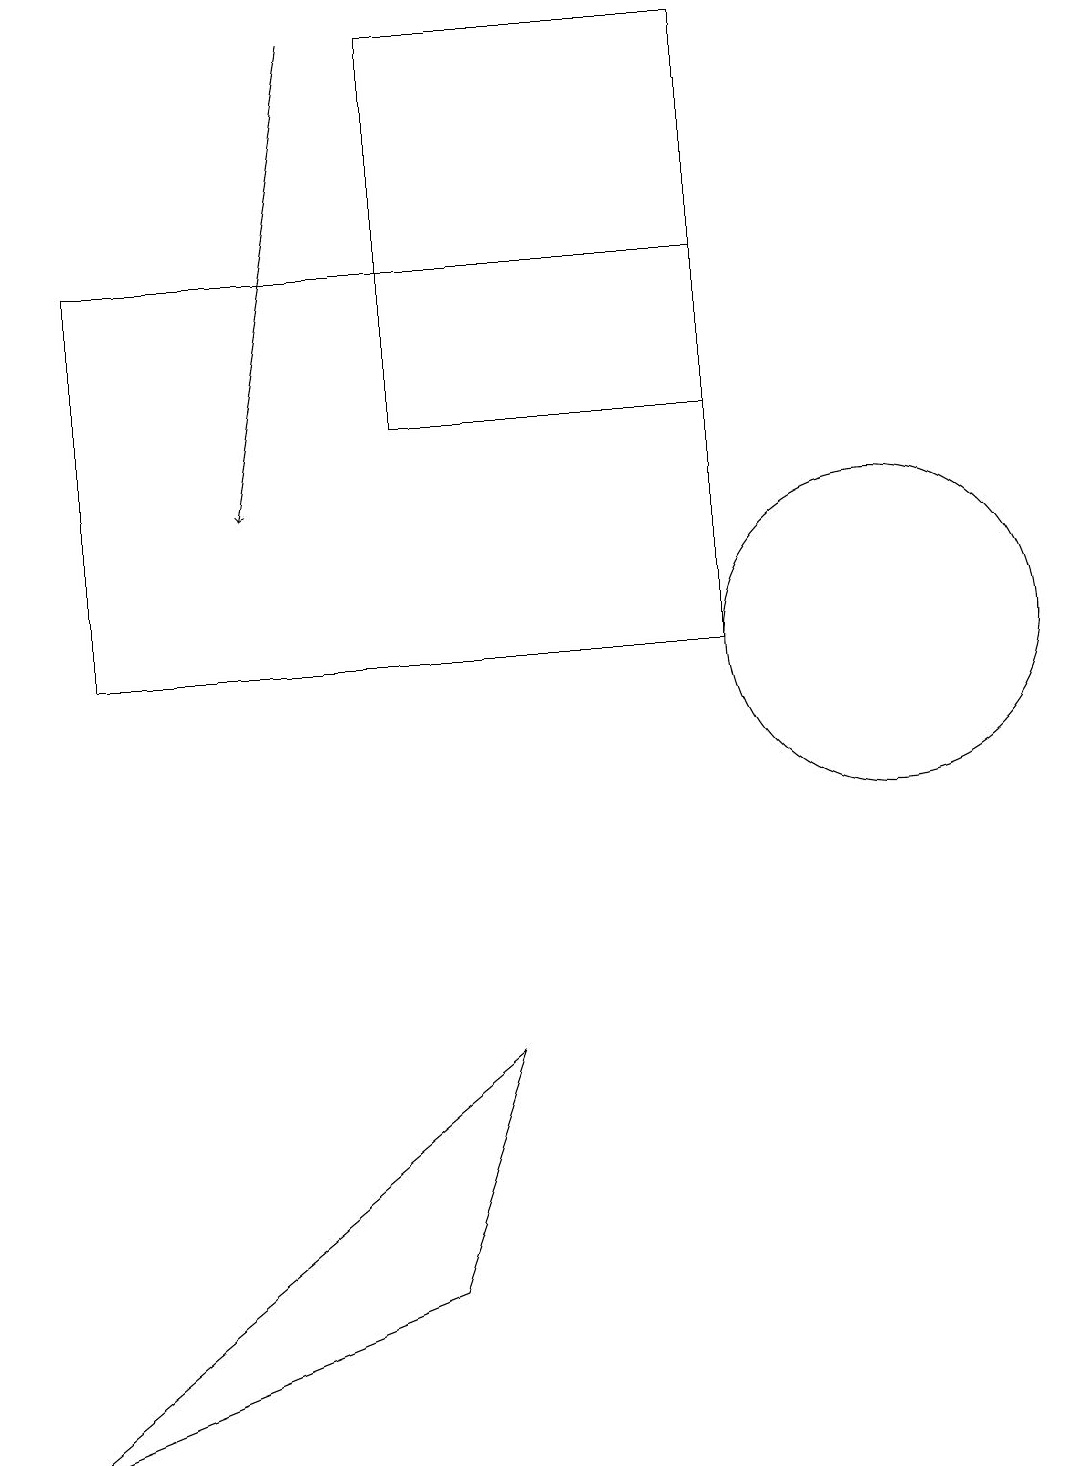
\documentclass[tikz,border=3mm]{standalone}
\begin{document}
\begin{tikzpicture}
\draw (6,5) -- (0,0) -- (5,2) -- cycle;
\draw[->] (4,18) -- (3,12);
\draw (9,13) rectangle (5,18);
\draw (9,10) rectangle (1,15);
\draw (11,10) circle (2);
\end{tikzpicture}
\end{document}